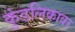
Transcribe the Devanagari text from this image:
कुंडलिकावर